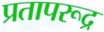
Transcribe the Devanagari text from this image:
प्रतापरूद्र